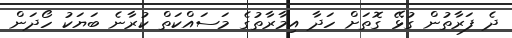
ދެ ފަރާތުން ގުޅޭ ގޮތަށް ހަދާ އިމާރާތުގެ މަސައްކަތް ކުރާނެ ބަޔަކު ހޯދަން